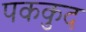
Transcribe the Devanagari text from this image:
पककुद